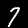
Label: 7